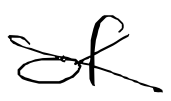
Text: of
Cross-out: diagonal
Writing tool: digital_black